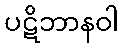
ပဋိဘာနဝါ